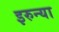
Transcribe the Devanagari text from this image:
इरुन्या